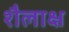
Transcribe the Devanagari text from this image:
शैलाक्ष